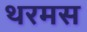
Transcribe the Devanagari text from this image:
थरमस